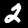
Digit: 2